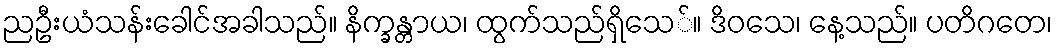
ညဦးယံသန်းခေါင်အခါသည်။ နိက္ခန္တာယ၊ ထွက်သည်ရှိသေ်။ ဒိဝသေ၊ နေ့သည်။ ပတိဂတေ၊